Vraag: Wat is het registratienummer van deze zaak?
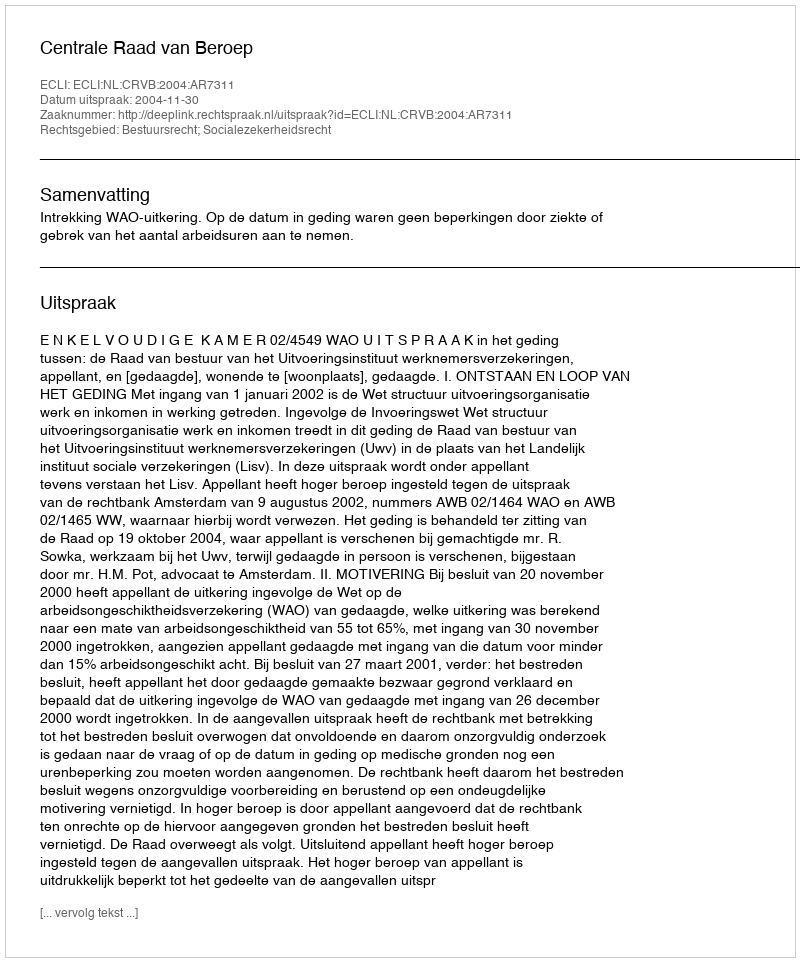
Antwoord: http://deeplink.rechtspraak.nl/uitspraak?id=ECLI:NL:CRVB:2004:AR7311